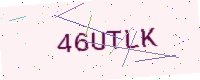
Text: 46UTLK